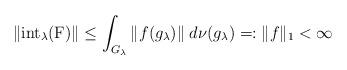
LaTeX: \begin{align*}\|\mathrm{int}_\lambda(\mathrm{F})\|\leq\int_{G_\lambda}\|f(g_\lambda)\|\;d\nu(g_\lambda)=:\|f\|_{1}<\infty\end{align*}